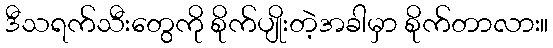
ဒီသရက်သီးတွေကို စိုက်ပျိုးတဲ့အခါမှာ စိုက်တာလား။